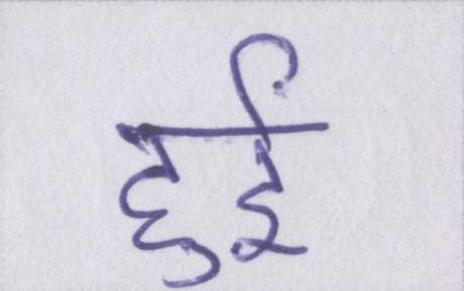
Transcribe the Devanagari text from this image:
हुर्इ